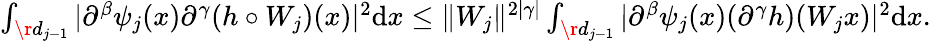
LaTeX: \begin{array}{r}{\int_{\r{d_{j-1}}}\vert\partial^{\beta}\psi_{j}(x)\partial^{\gamma}(h\circ W_{j})(x)\vert^{2}\mathrm{d}x\le\Vert W_{j}\Vert^{2\vert\gamma\vert}\int_{\r{d_{j-1}}}\vert\partial^{\beta}\psi_{j}(x)(\partial^{\gamma}h)(W_{j}x)\vert^{2}\mathrm{d}x.}\end{array}